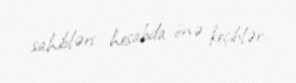
sahibləri hesabda önə keçiblər.